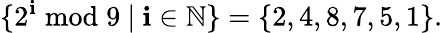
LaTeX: \{ 2^{\mathbf{i}}{\bmod{9}}\ |\ \mathbf{i}\in\mathbb{{N}}\} =\{ 2,4,8,7,5,1\} .